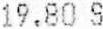
19.80 S